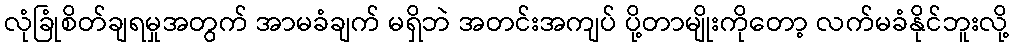
လုံခြုံစိတ်ချရမှုအတွက် အာမခံချက် မရှိဘဲ အတင်းအကျပ် ပို့တာမျိုးကိုတော့ လက်မခံနိုင်ဘူးလို့